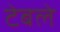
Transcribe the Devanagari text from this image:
टेबले